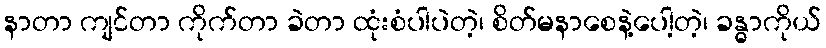
နာတာ ကျင်တာ ကိုက်တာ ခဲတာ ထုံးစံပါပဲတဲ့၊ စိတ်မနာစေနဲ့ပေါ့တဲ့၊ ခန္ဓာကိုယ်